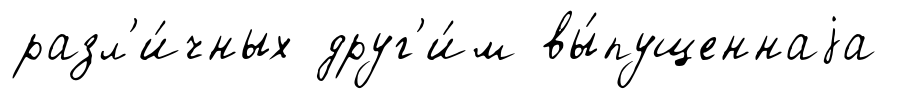
разл'и́чных друг'и́м вы́пущеннаjа